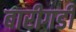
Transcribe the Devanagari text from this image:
बारीगडी